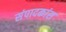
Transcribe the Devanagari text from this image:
संपादकांस